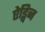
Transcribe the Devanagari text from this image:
ऐड्विन